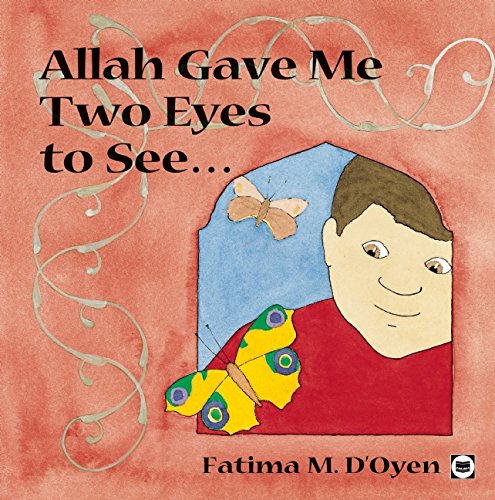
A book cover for Allah Gave Me Two Eyes to See (Allah the Maker S); Fatima D'Oyen; Children's Books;